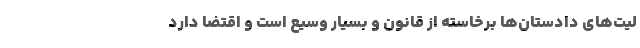
لیت‌های دادستان‌ها برخاسته از قانون و بسیار وسیع است و اقتضا دارد